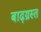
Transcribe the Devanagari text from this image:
बाढ़ग्रस्‍त